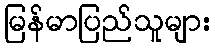
မြန်မာပြည်သူများ